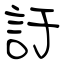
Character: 訏